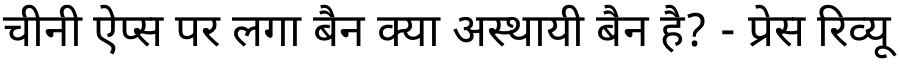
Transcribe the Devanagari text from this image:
चीनी ऐप्स पर लगा बैन क्या अस्थायी बैन है? - प्रेस रिव्यू